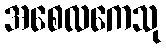
အစေလကေသု